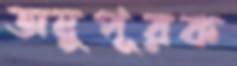
অনুপূরক